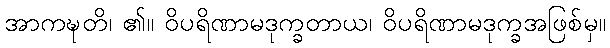
အာကဍ္ဎတိ၊ ၏။ ဝိပရိဏာမဒုက္ခတာယ၊ ဝိပရိဏာမဒုက္ခအဖြစ်မှ။